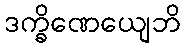
ဒက္ခိဏေယျေဘိ